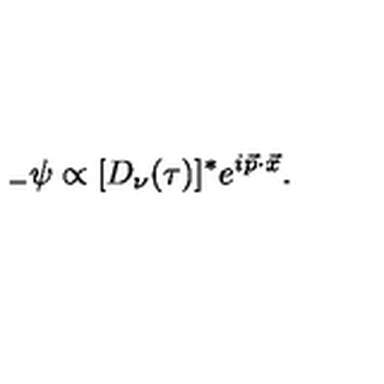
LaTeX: { } _ { - } \psi \propto [ D _ { \nu } ( \tau ) ] ^ { * } e ^ { i \vec { p } \cdot \vec { x } } .